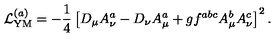
{ \cal L } _ { \mathrm { Y M } } ^ { ( a ) } = - \frac 1 4 \left[ D _ { \mu } A _ { \nu } ^ { a } - D _ { \nu } A _ { \mu } ^ { a } + g f ^ { a b c } A _ { \mu } ^ { b } A _ { \nu } ^ { c } \right] ^ { 2 } .